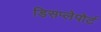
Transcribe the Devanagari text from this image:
डिसप्लेपोर्ट